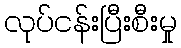
လုပ်ငန်းပြီးစီးမှု